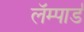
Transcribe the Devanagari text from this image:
लॅम्पार्ड